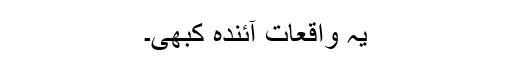
یہ واقعات آئندہ کبھی۔